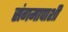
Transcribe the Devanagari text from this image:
संगमापाशी